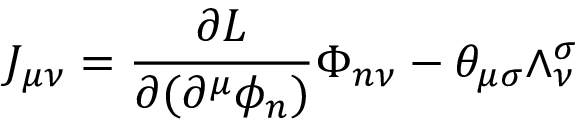
J _ { \mu \nu } = \frac { \partial { \cal L } } { \partial ( \partial ^ { \mu } \phi _ { n } ) } \Phi _ { n \nu } - \theta _ { \mu \sigma } \wedge _ { \nu } ^ { \sigma }